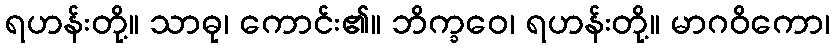
ရဟန်းတို့။ သာဓု၊ ကောင်း၏။ ဘိက္ခဝေ၊ ရဟန်းတို့။ မာဂဝိကော၊